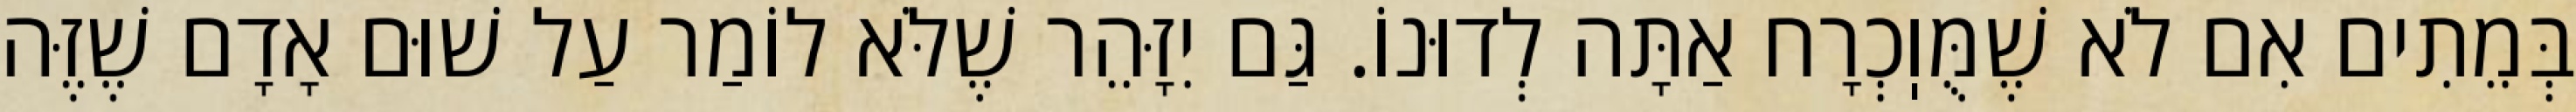
בְּמֵתִים אִם לֹא שֶׁמֻּוֽכְרָח אַתָּה לְדוּנוֹ. גַּם יִזָּהֵר שֶׁלֹּא לוֹמַר עַל שׁוּם אָדָם שֶׁזֶּה